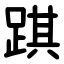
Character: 踑